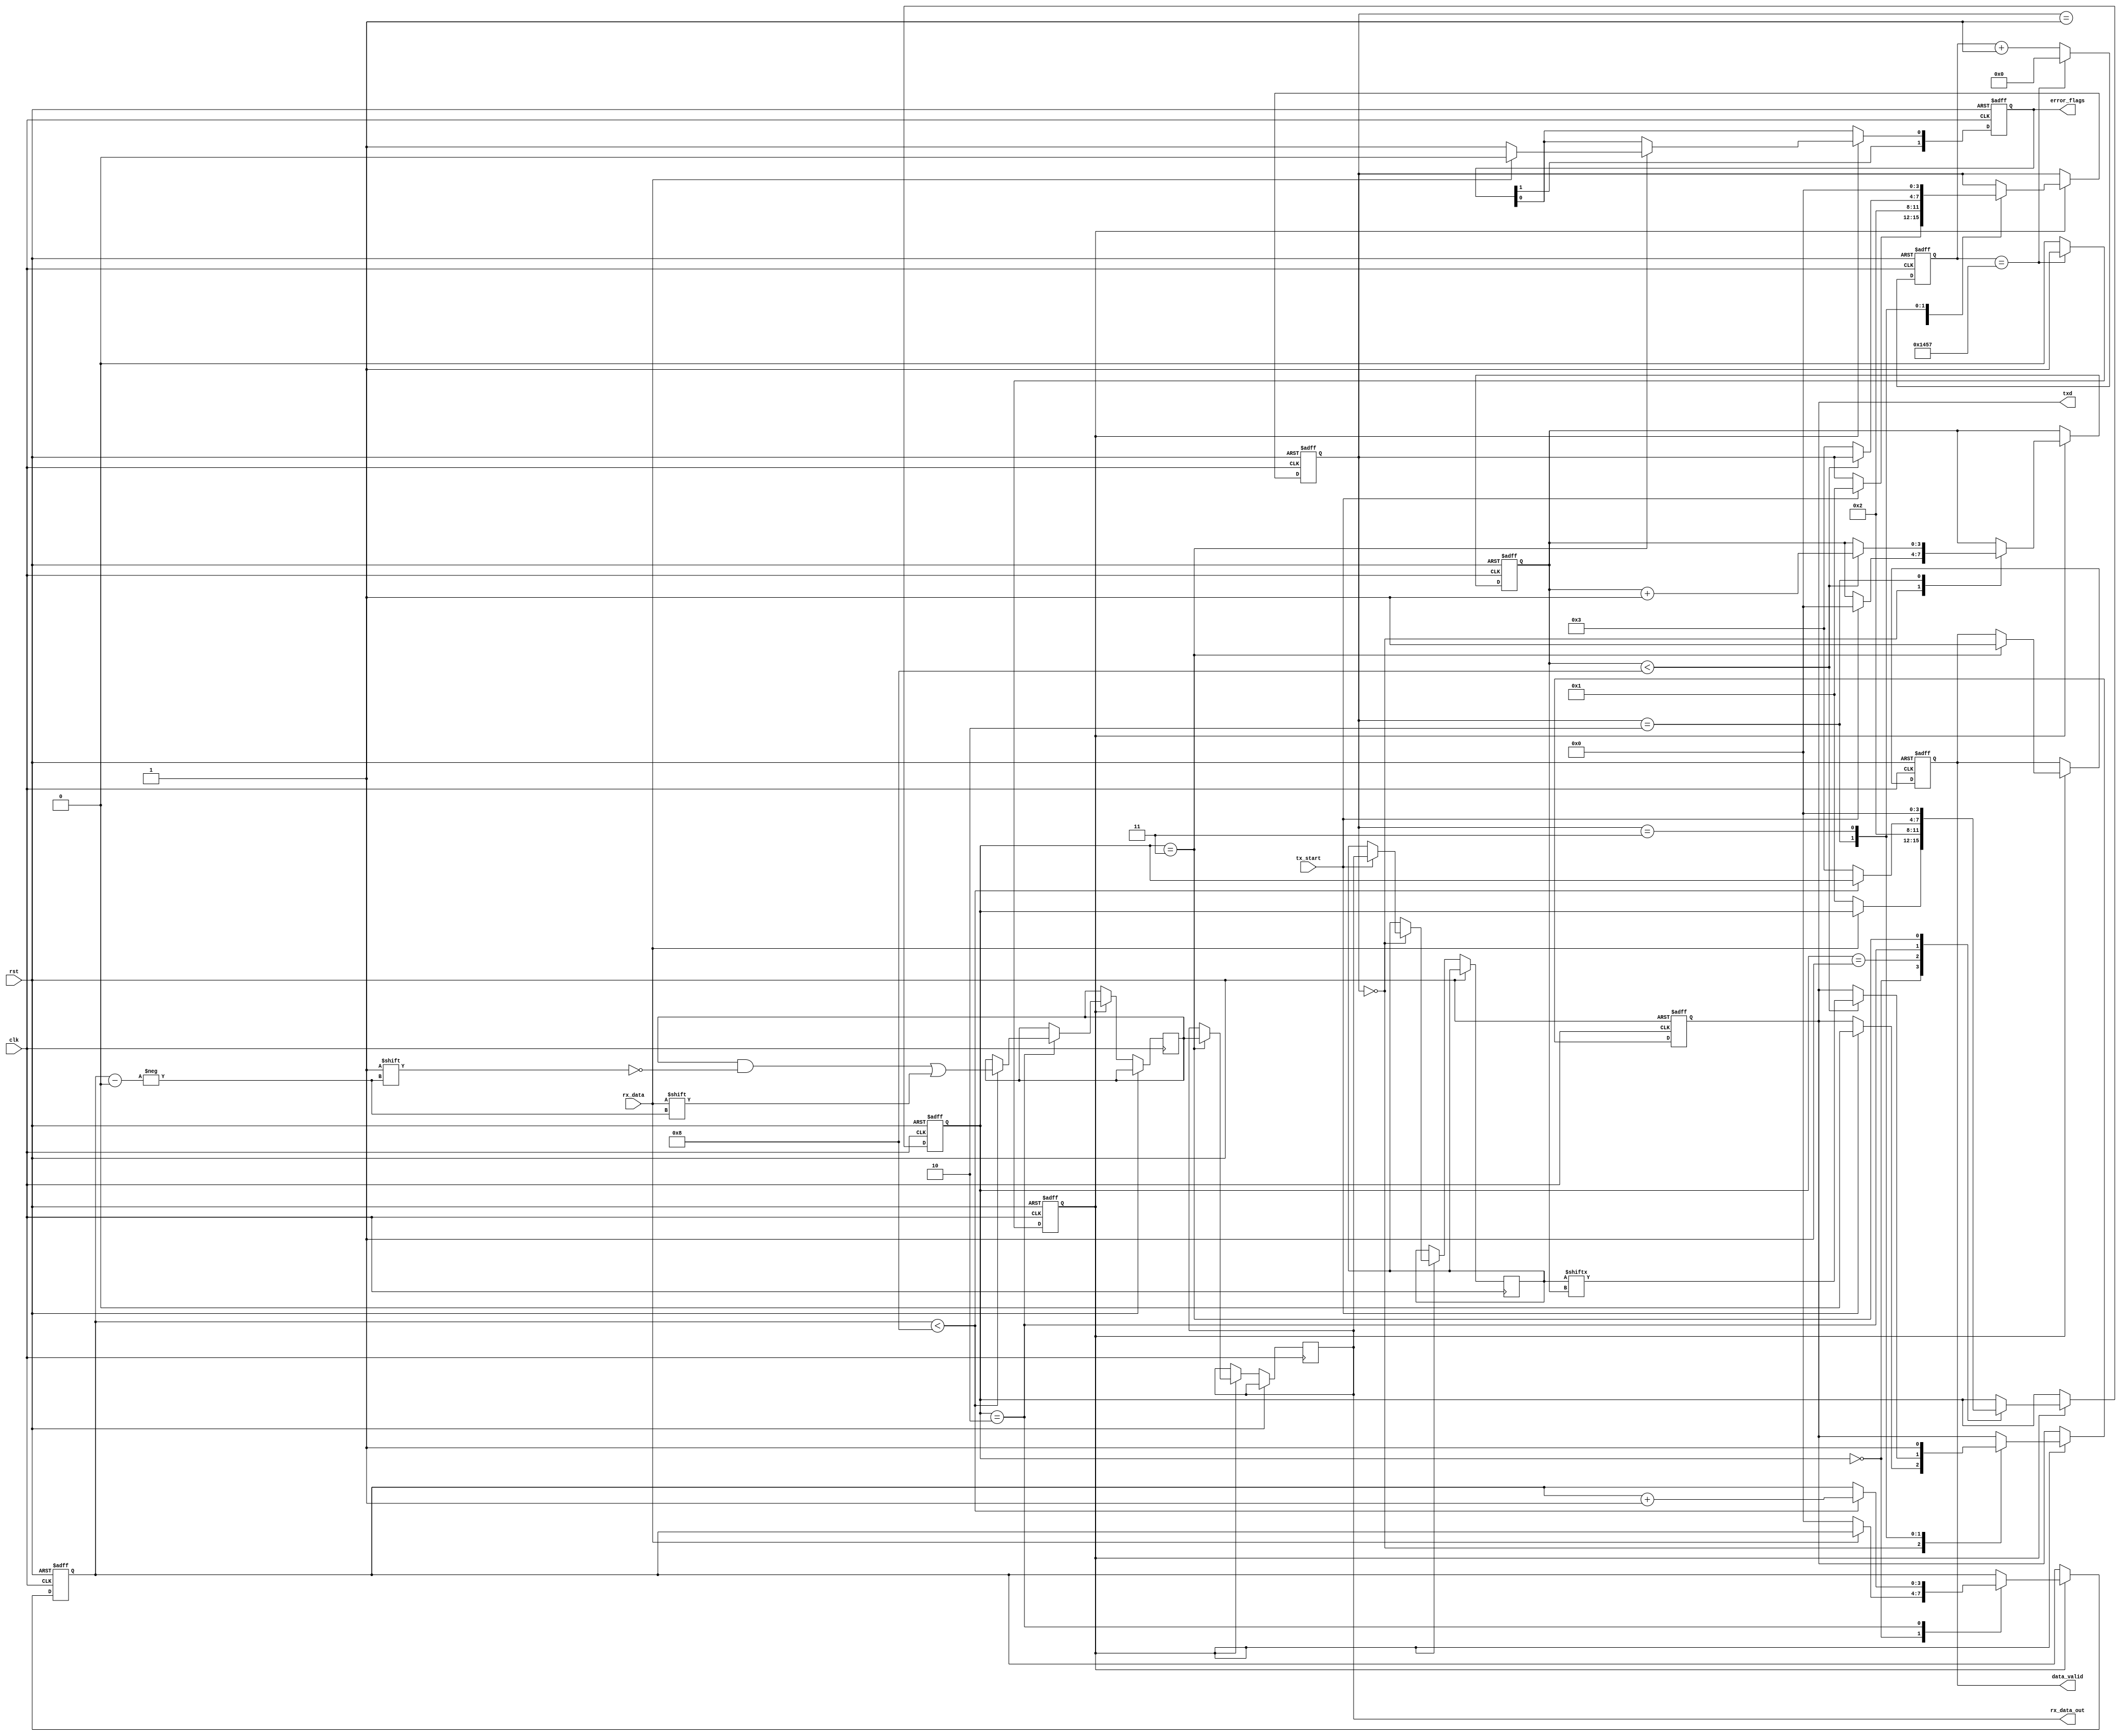
module parameterized_uart #(
    parameter BAUD_RATE = 9600,
    parameter DATA_WIDTH = 8,
    parameter STOP_BITS = 1,
    parameter PARITY = "NONE", // Options: "NONE", "EVEN", "ODD"
    parameter CLOCK_FREQ = 50000000 // 50 MHz
)(
    input wire clk,
    input wire rst,
    input wire tx_start,
    input wire rx_data,
    output reg txd,
    output reg [DATA_WIDTH-1:0] rx_data_out,
    output reg data_valid,
    output reg [1:0] error_flags // [0]: framing error, [1]: parity error
);

    // Baud rate generator parameters
    localparam BAUD_DIV = CLOCK_FREQ / BAUD_RATE;
    reg [15:0] baud_counter;
    reg baud_tick;

    // Transmitter state machine
    reg [3:0] tx_state;
    reg [DATA_WIDTH-1:0] tx_data;
    reg [3:0] tx_bit_count;

    // Receiver state machine
    reg [3:0] rx_state;
    reg [DATA_WIDTH-1:0] rx_shift_reg;
    reg [3:0] rx_bit_count;
    reg rx_ready;
    reg parity_bit;

    // State Definitions
    localparam TX_IDLE = 0, TX_START = 1, TX_DATA = 2, TX_STOP = 3;
    localparam RX_IDLE = 0, RX_START = 1, RX_DATA = 2, RX_STOP = 3;

    // Baud rate generator
    always @(posedge clk or posedge rst) begin
        if (rst) begin
            baud_counter <= 0;
            baud_tick <= 0;
        end else begin
            if (baud_counter == BAUD_DIV - 1) begin
                baud_counter <= 0;
                baud_tick <= 1;
            end else begin
                baud_counter <= baud_counter + 1;
                baud_tick <= 0;
            end
        end
    end

    // Transmitter logic
    always @(posedge clk or posedge rst) begin
        if (rst) begin
            tx_state <= TX_IDLE;
            txd <= 1; // Idle state is high
            tx_bit_count <= 0;
        end else if (baud_tick) begin
            case (tx_state)
                TX_IDLE: begin
                    if (tx_start) begin
                        tx_data <= rx_data_out; // Assuming data to transmit is ready in rx_data_out
                        tx_bit_count <= 0;
                        txd <= 0; // Start bit
                        tx_state <= TX_START;
                    end
                end
                TX_START: begin
                    tx_state <= TX_DATA;
                end
                TX_DATA: begin
                    if (tx_bit_count < DATA_WIDTH) begin
                        txd <= tx_data[tx_bit_count];
                        tx_bit_count <= tx_bit_count + 1;
                    end else begin
                        tx_state <= TX_STOP;
                    end
                end
                TX_STOP: begin
                    txd <= 1; // Stop bit
                    tx_state <= TX_IDLE;
                end
            endcase
        end
    end

    // Receiver logic
    always @(posedge clk or posedge rst) begin
        if (rst) begin
            rx_state <= RX_IDLE;
            rx_bit_count <= 0;
            data_valid <= 0;
            error_flags <= 0;
        end else if (baud_tick) begin
            case (rx_state)
                RX_IDLE: begin
                    if (rx_data == 0) begin // Start bit detected
                        rx_state <= RX_START;
                        rx_bit_count <= 0;
                        rx_ready <= 0;
                    end
                end
                RX_START: begin
                    rx_state <= RX_DATA;
                end
                RX_DATA: begin
                    if (rx_bit_count < DATA_WIDTH) begin
                        rx_shift_reg[rx_bit_count] <= rx_data;
                        rx_bit_count <= rx_bit_count + 1;
                    end else begin
                        rx_state <= RX_STOP;
                    end
                end
                RX_STOP: begin
                    if (rx_data == 1) begin // Check stop bit
                        error_flags[0] <= 0; // No framing error
                    end else begin
                        error_flags[0] <= 1; // Framing error
                    end

                    // Parity check
                    if (PARITY != "NONE") begin
                        parity_bit = ^rx_shift_reg; // Calculate parity
                        if (PARITY == "EVEN" && parity_bit != rx_data) begin
                            error_flags[1] <= 1; // Parity error
                        end else if (PARITY == "ODD" && parity_bit == rx_data) begin
                            error_flags[1] <= 1; // Parity error
                        end else begin
                            error_flags[1] <= 0; // No parity error
                        end
                    end

                    rx_data_out <= rx_shift_reg;
                    data_valid <= 1;
                    rx_state <= RX_IDLE;
                end
            endcase
        end
    end
endmodule